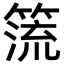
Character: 𥰤